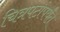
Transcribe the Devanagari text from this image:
चित्रपटांपर्यंत